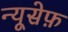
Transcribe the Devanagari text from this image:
न्यूसेफ़